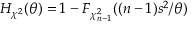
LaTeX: H _ { \chi ^ { 2 } } ( \theta ) = 1 - F _ { \chi _ { n - 1 } ^ { 2 } } ( ( n - 1 ) s ^ { 2 } / \theta )